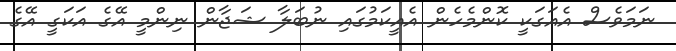
ނަމަވެސް އެއަގަކީ ކޮންމެހެން އެއީކަމުގައި ނުބަލާ ޝަޖާން ނިންމީ އޭގެ އަކަގީ އޭގެ